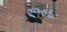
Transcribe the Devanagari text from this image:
९१०६